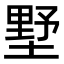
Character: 墅